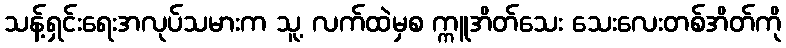
သန့်ရှင်းရေးအလုပ်သမားက သူ့ လက်ထဲမှစ က္ကူအိတ်သေး သေးလေးတစ်အိတ်ကို